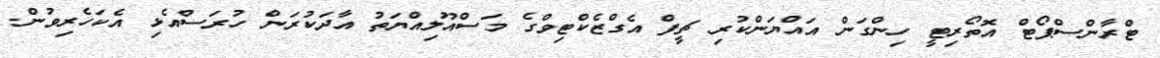
ޓްރާންސްޕޯޓް އޮތޯރިޓީ ހިންގަން އައްޔަންކުރި ޗީފް އެގްޒެކްޓިވްގެ މަސްއޫލިއްޔަތު އާދަކުރަން ހުރަސްއެޅި އެކަހެރިވުން.